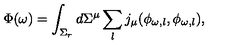
\Phi ( \omega ) = \int _ { \Sigma _ { r } } d \Sigma ^ { \mu } \sum _ { l } j _ { \mu } ( \phi _ { \omega , l } , \phi _ { \omega , l } ) ,